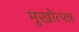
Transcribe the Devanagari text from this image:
मुखोत्पन्न